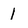
Character: 1